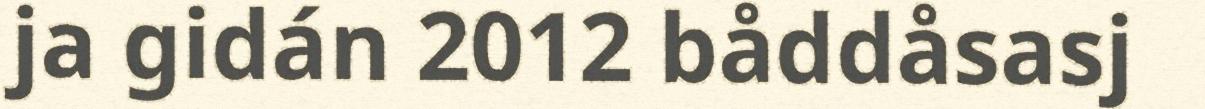
ja gidán 2012 båddåsasj